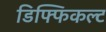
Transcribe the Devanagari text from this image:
डिफ्फिकल्ट